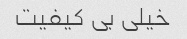
خیلی بی کیفیت